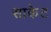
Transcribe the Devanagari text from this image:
साकेट